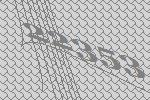
22353